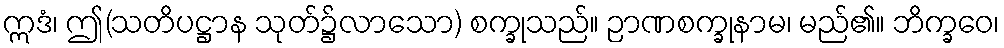
ဣဒံ၊ ဤ(သတိပဋ္ဌာန သုတ်၌လာသော) စက္ခုသည်။ ဉာဏစက္ခုနာမ၊ မည်၏။ ဘိက္ခဝေ၊